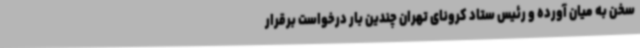
سخن به میان آورده و رئیس ستاد کرونای تهران چندین بار درخواست برقرار